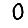
Digit: 0